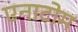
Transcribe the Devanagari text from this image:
एनाटोम